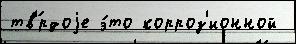
тв'́рдоjе э́то корроз'ионной